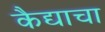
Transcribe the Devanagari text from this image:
कैद्याचा